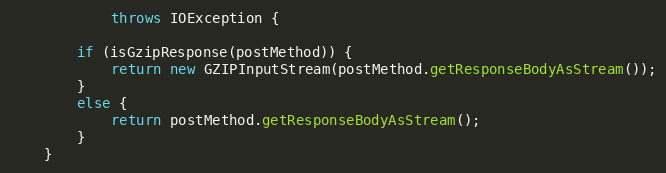
Language: Java
            throws IOException {

        if (isGzipResponse(postMethod)) {
            return new GZIPInputStream(postMethod.getResponseBodyAsStream());
        }
        else {
            return postMethod.getResponseBodyAsStream();
        }
    }